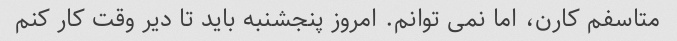
متاسفم کارن، اما نمی توانم. امروز پنجشنبه باید تا دیر وقت کار کنم